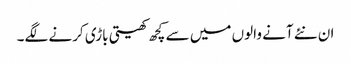
ان نئے آنے والوں میں سے کچھ کھیتی باڑی کرنے لگے۔